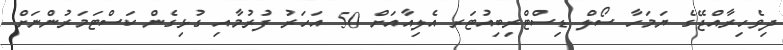
ދިވެހިރާއްޖޭގެ ޔަމަހާ ސޯލް ޑިސްޓްރިބިއުޓަރ އެލިއާއަށް 50 އަހަރު ފުރުމާއި ގުޅިގެން ކަސްޓަމަރުންނަށް